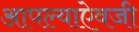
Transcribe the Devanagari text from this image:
आपल्याऐवजी